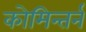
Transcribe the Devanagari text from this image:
कोमिन्तर्न